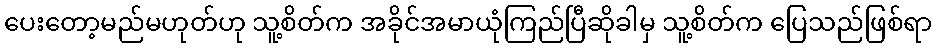
ပေးတော့မည်မဟုတ်ဟု သူ့စိတ်က အခိုင်အမာယုံကြည်ပြီဆိုခါမှ သူ့စိတ်က ပြေသည်ဖြစ်ရာ